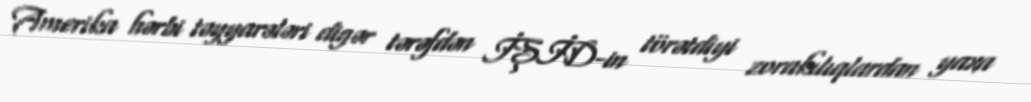
Amerika hərbi təyyarələri digər tərəfdən İŞİD-in törətdiyi zorakılıqlardan yaxa